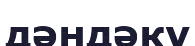
дәндәку